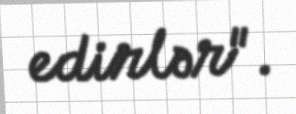
edirlər".